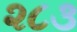
૨૮૩